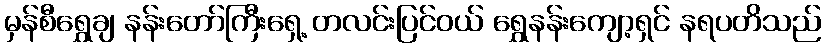
မှန်စီရွှေချ နန်းတော်ကြီးရှေ့ တလင်းပြင်ဝယ် ရွှေနန်းကျော့ရှင် နရပတိသည်